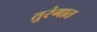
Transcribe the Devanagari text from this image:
तुरंगात